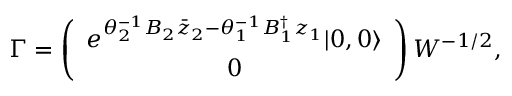
\Gamma = \left( \begin{array} { c } { { e ^ { \theta _ { 2 } ^ { - 1 } B _ { 2 } \bar { z } _ { 2 } - \theta _ { 1 } ^ { - 1 } B _ { 1 } ^ { \dag } z _ { 1 } } | 0 , 0 \rangle } } \\ { { 0 } } \end{array} \right) W ^ { - 1 / 2 } ,